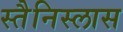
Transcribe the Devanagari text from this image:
स्तैनिस्लास